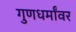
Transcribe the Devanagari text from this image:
गुणधर्मांवर